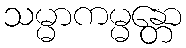
သမ္မာကမ္မန္တော